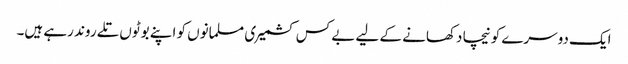
ایک دوسرے کو نیچا دکھانے کے لیے بے کس کشمیری مسلمانوں کو اپنے بوٹوں تلے روند رہے ہیں۔